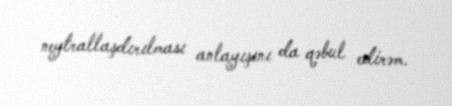
neytrallaşdırılması anlayışını da qəbul edirəm.